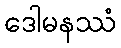
ဒေါမနဿံ